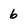
Character: 6